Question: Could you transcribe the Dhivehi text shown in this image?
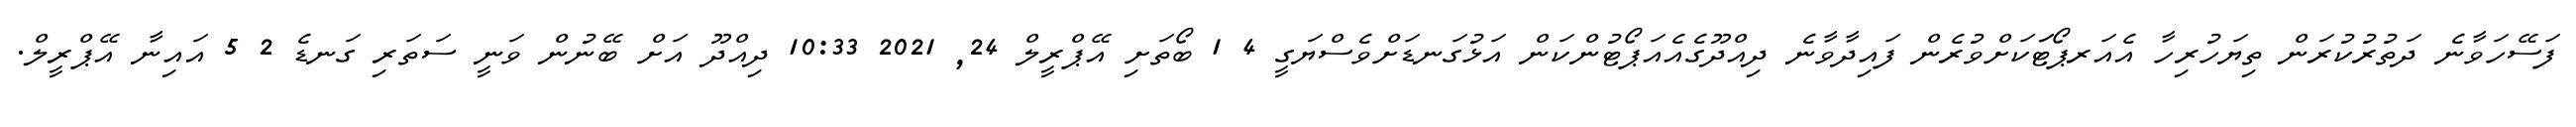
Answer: ފަސޭހަވާނެ ދަތުރުކުރަން ތިޔަހުރިހާ އެއަރޕޯޓަަކަށްވުރެން ފައިދާވާނެ ދިއްދޫގެއެއަޕޯޓުންކަން އަޅުގަނޑަށްވެސްޔަގީ 4 1 ބޯތަށި އޭޕްރީލް 24, 2021 10:33 ދިއްދޫ އަށް ބޭނުން ވަނީ ސަތަރި ގަނޑެ 2 5 އައިނާ އޭޕްރީލް.